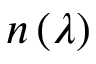
n \left( \lambda \right)